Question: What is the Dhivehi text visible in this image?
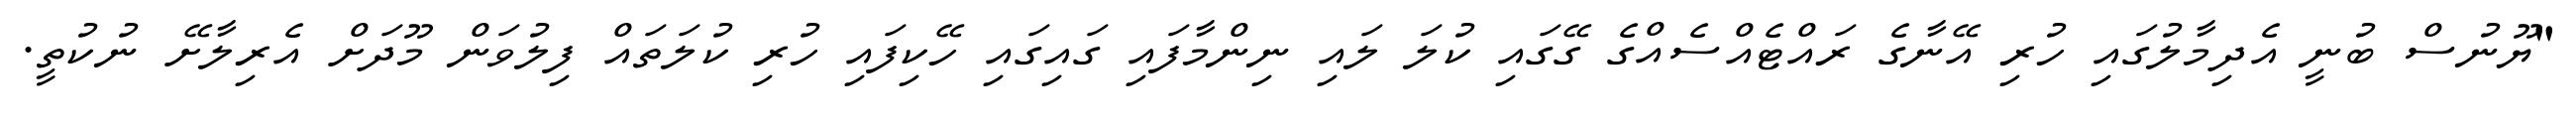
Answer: "ޔޫނުސް ބުނީ އެދިމާލުގައި ހުރި އޭނާގެ ރައްޓެއްސެއްގެ ގޭގައި ކުލަ ލައި ނިންމާފައި ގައިގައި ހޭކިފައި ހުރި ކުލަތައް ފިލުވަން މޫދަށް އެރިލާށޭ ނުކުތީ.